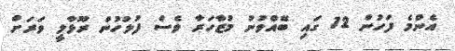
އެންމެ ފަހުން 12 ގައި ބޭއްވުނު މުޒާހަރާ ވެސް ފުލުހުން ރޫޅާލީ ވަރަށް